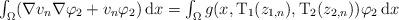
LaTeX: \begin{align*}\begin{array}{c}\int_{\Omega }(\nabla v_{n}\nabla \varphi _{2}+v_{n}\varphi _{2})\,\mathrm{d}x=\int_{\Omega }g(x,\mathrm{T}_{1}(z_{1,n}),\mathrm{T}_{2}(z_{2,n}))\varphi_{2}\,\mathrm{d}x\end{array}\end{align*}